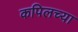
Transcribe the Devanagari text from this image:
कपिलच्या